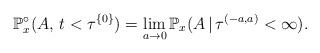
\begin{align*} \mathbb{P}^{\circ}_x(A,\, t< \tau^{\{0\}})=\lim_{a\to 0}\mathbb{P}_x(A\,|\,\tau^{(-a,a)}<\infty). \end{align*}